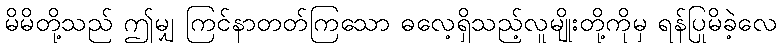
မိမိတို့သည် ဤမျှ ကြင်နာတတ်ကြသော ဓလေ့ရှိသည့်လူမျိုးတို့ကိုမှ ရန်ပြုမိခဲ့လေ